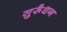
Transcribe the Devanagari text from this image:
सुर्रूंधन